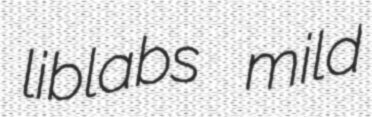
liblabs mild